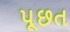
પૂછત